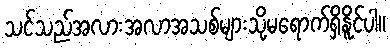
သင်သည်အလားအလာအသစ်များသို့မရောက်ရှိနိူင်ပါ။